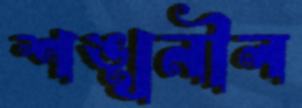
শঙ্খনীল